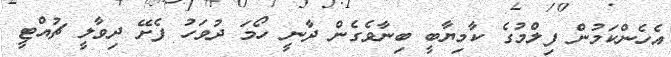
އެހެންކަމުން ފިލްމުގެ ކާމިޔާބީ ބިނާވެގެން ދާނީ ހޯމަ ދުވަހު ފެށޭ ދިވާލީ ޗުއްޓީ